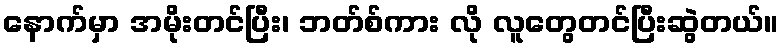
နောက်မှာ အမိုးတင်ပြီး၊ ဘတ်စ်ကား လို လူတွေတင်ပြီးဆွဲတယ်။